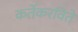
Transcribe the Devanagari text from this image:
कर्तेकरविते